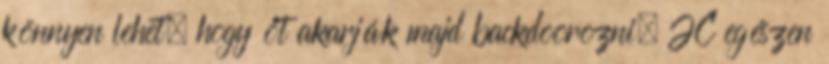
könnyen lehet, hogy őt akarják majd backdoorozni, JC egészen